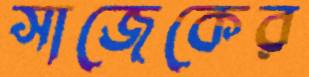
সাজেকের